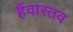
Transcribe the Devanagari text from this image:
हैंवास्तव